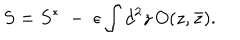
S = S ^ { * } \; - \; \epsilon \int d ^ { 2 } z \, O ( z , \bar { z } ) .